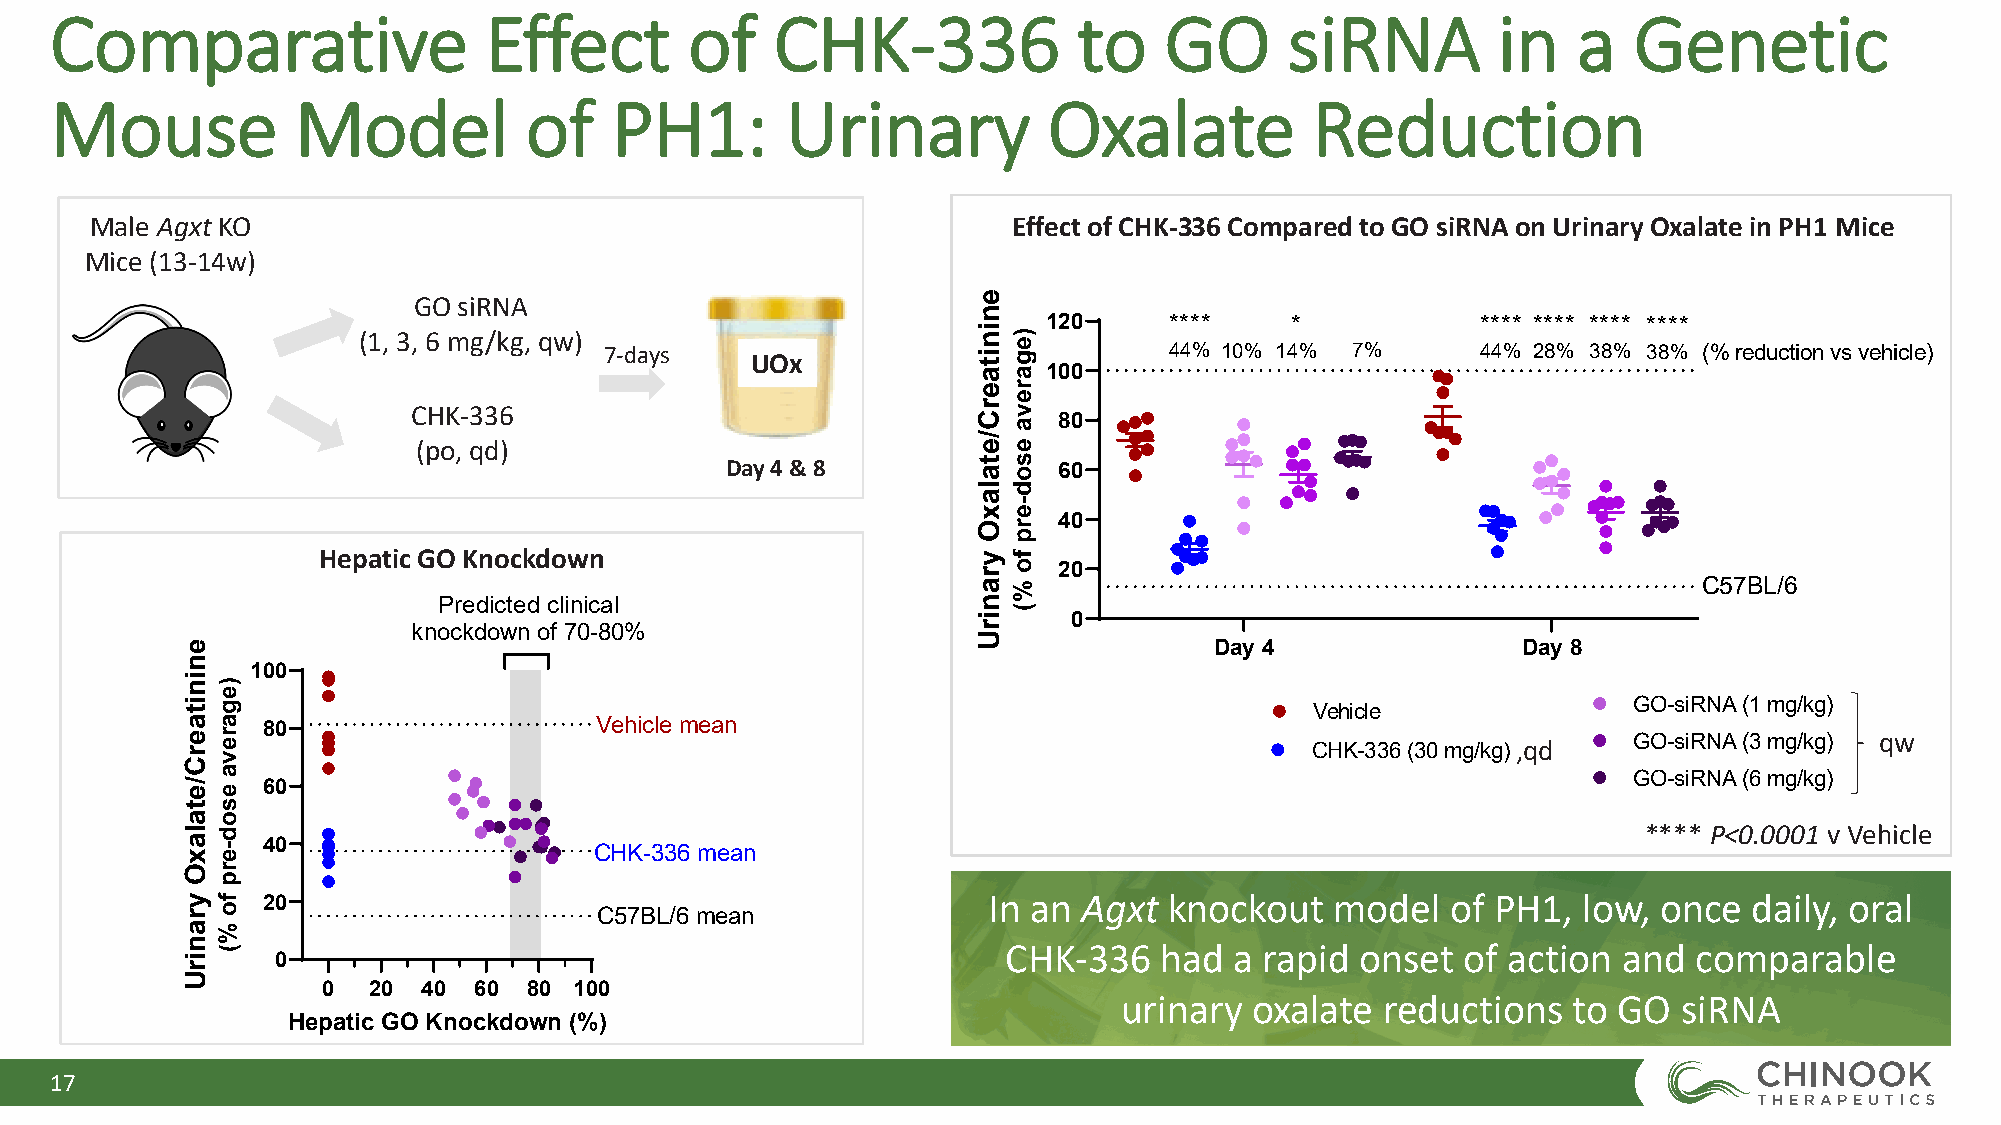
Comparative                  Effect        of   CHK-336             to    GO      siRNA         in   a   Genetic
 Mouse            Model          of   PH1:        Urinary          Oxalate           Reduction
 Male Agxt KO                                                 Effect of CHK-336 Compared to GO siRNA on Urinary Oxalate in PH1 Mice
 Mice (13-14w)
 GO siRNA
 120     ****    *            **** **** **** ****
 (1, 3, 6 mg/kg, qw)
 7-days                               44% 10% 14% 7%       44% 28% 38% 38% (% reduction vs vehicle)
 UOx
 100
 CHK-336
 80
 (po, qd)
 Day 4 & 8             60
 40
 Hepatic GO Knockdown
 20
 C57BL/6
 Predicted clinical
 0
 knockdown of 70-80%
 Day 4                Day 8
 100
 GO-siRNA (1 mg/kg)
 Vehicle
 80                    Vehicle mean
 GO-siRNA (3 mg/kg) qw
 CHK-336 (30 mg/kg),qd
 GO-siRNA (6 mg/kg)
 60
 **** P<0.0001 v Vehicle
 40
 CHK-336 mean
 20                                              In an  Agxt knockout   model   of PH1,  low, once  daily, oral
 C57BL/6 mean
 CHK-336   had  a rapid onset  of action and  comparable
 0
 0  20  40 60  80 100
 urinary  oxalate  reductions  to GO  siRNA
 Hepatic GO Knockdown (%)
 17
 eninitaerC/etalaxO
 yranirU
 )egareva
 esod-erp
 fo
 %(
 eninitaerC/etalaxO
 yranirU
 )egareva
 esod-erp
 fo
 %(